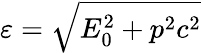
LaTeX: \varepsilon=\sqrt{E_{0}^{2}+p^{2}c^{2}}